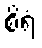
စိရံ